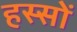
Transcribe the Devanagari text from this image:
हस्सों